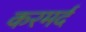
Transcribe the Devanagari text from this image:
करमर्द